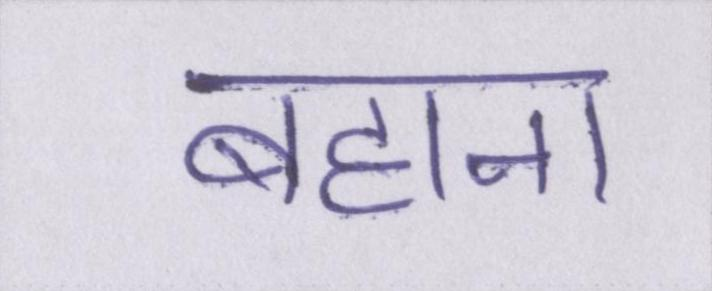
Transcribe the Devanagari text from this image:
बहाना